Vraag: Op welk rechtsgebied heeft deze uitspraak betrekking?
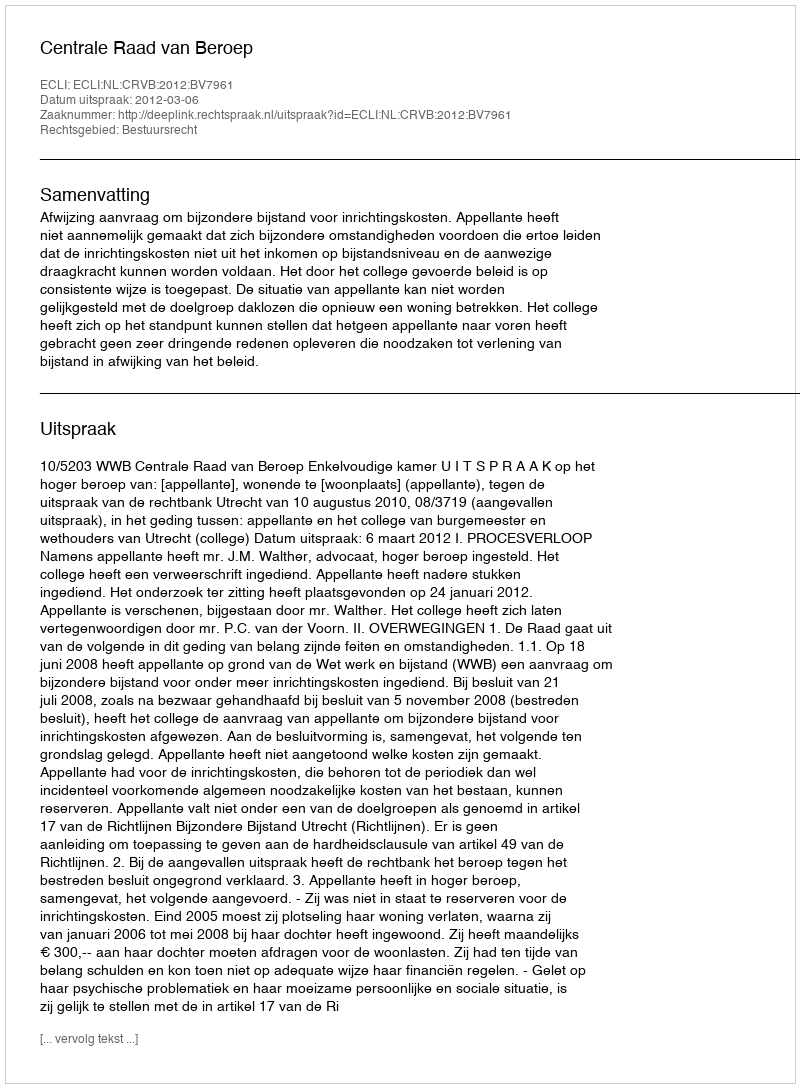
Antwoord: Bestuursrecht